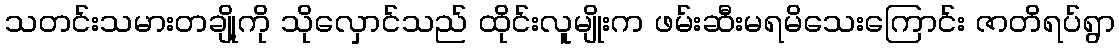
သတင်းသမားတချို့ကို သိုလှောင်သည် ထိုင်းလူမျိုးက ဖမ်းဆီးမရမိသေးကြောင်း ဇာတိရပ်ရွာ